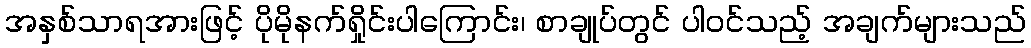
အနှစ်သာရအားဖြင့် ပိုမိုနက်ရှိုင်းပါကြောင်း၊ စာချုပ်တွင် ပါဝင်သည့် အချက်များသည်